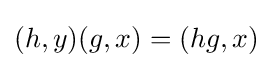
(h,y)(g,x)=(hg,x)